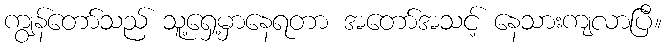
ကျွန်တော်သည် သူ့ရှေ့မှာနေရတာ အတော်အသင့် နေသားကျလာပြီ။